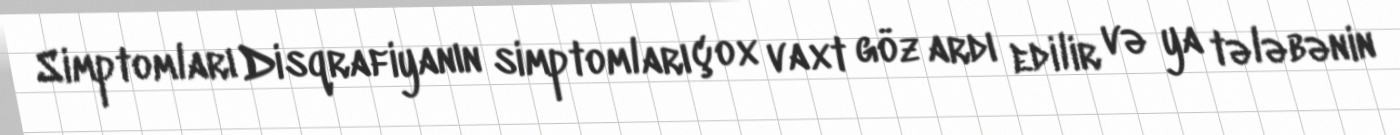
Simptomları Disqrafiyanın simptomları çox vaxt göz ardı edilir və ya tələbənin